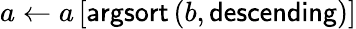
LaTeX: a\gets a\left[\textsf{argsort}\left(b,\textsf{descending}\right)\right]